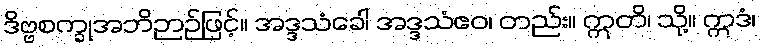
ဒိဗ္ဗစက္ခုအဘိဉာဉ်ဖြင့်။ အဒ္ဒသံခေါ အဒ္ဒသံဧဝ၊ တည်း။ ဣတိ၊ သို့။ ဣဒံ၊